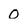
Character: 0